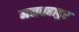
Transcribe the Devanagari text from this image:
मनबहादुर